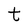
Character: t